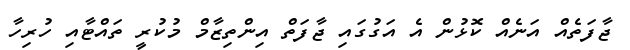
ޖާފަތެއް އަނެއް ކޮޅުން އެ އަގުގައި ޖާފަތް އިންތިޒާމް މުކުރީ ތައްޓާއި ހުރިހާ